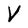
Character: V